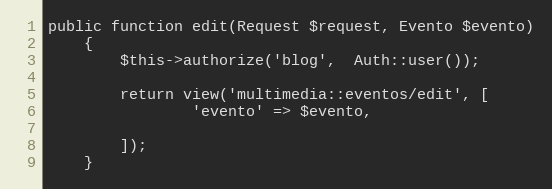
Language: PHP
public function edit(Request $request, Evento $evento)
	{
		$this->authorize('blog',  Auth::user());

		return view('multimedia::eventos/edit', [
				'evento' => $evento,

		]);
	}